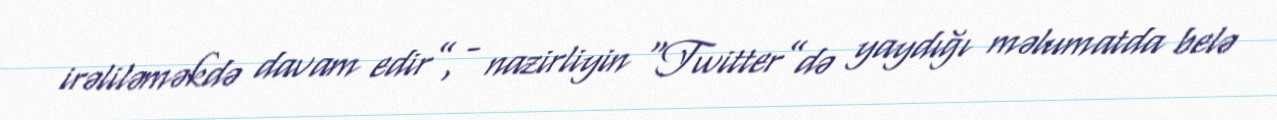
irəliləməkdə davam edir”, - nazirliyin “Twitter”də yaydığı məlumatda belə